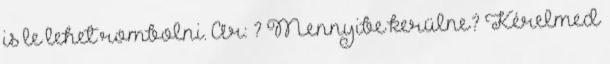
is le lehet rombolni. Ár: ? Mennyibe kerülne? Kérelmed